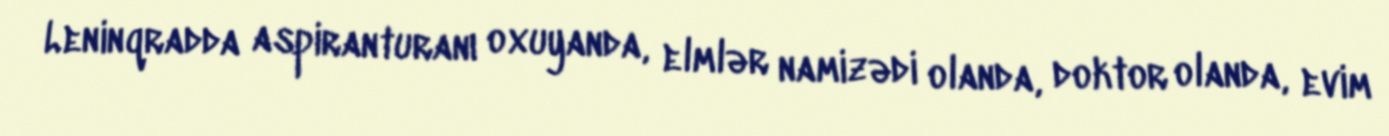
Leninqradda aspiranturanı oxuyanda, elmlər namizədi olanda, doktor olanda, evim